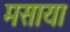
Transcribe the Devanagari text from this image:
मसाया